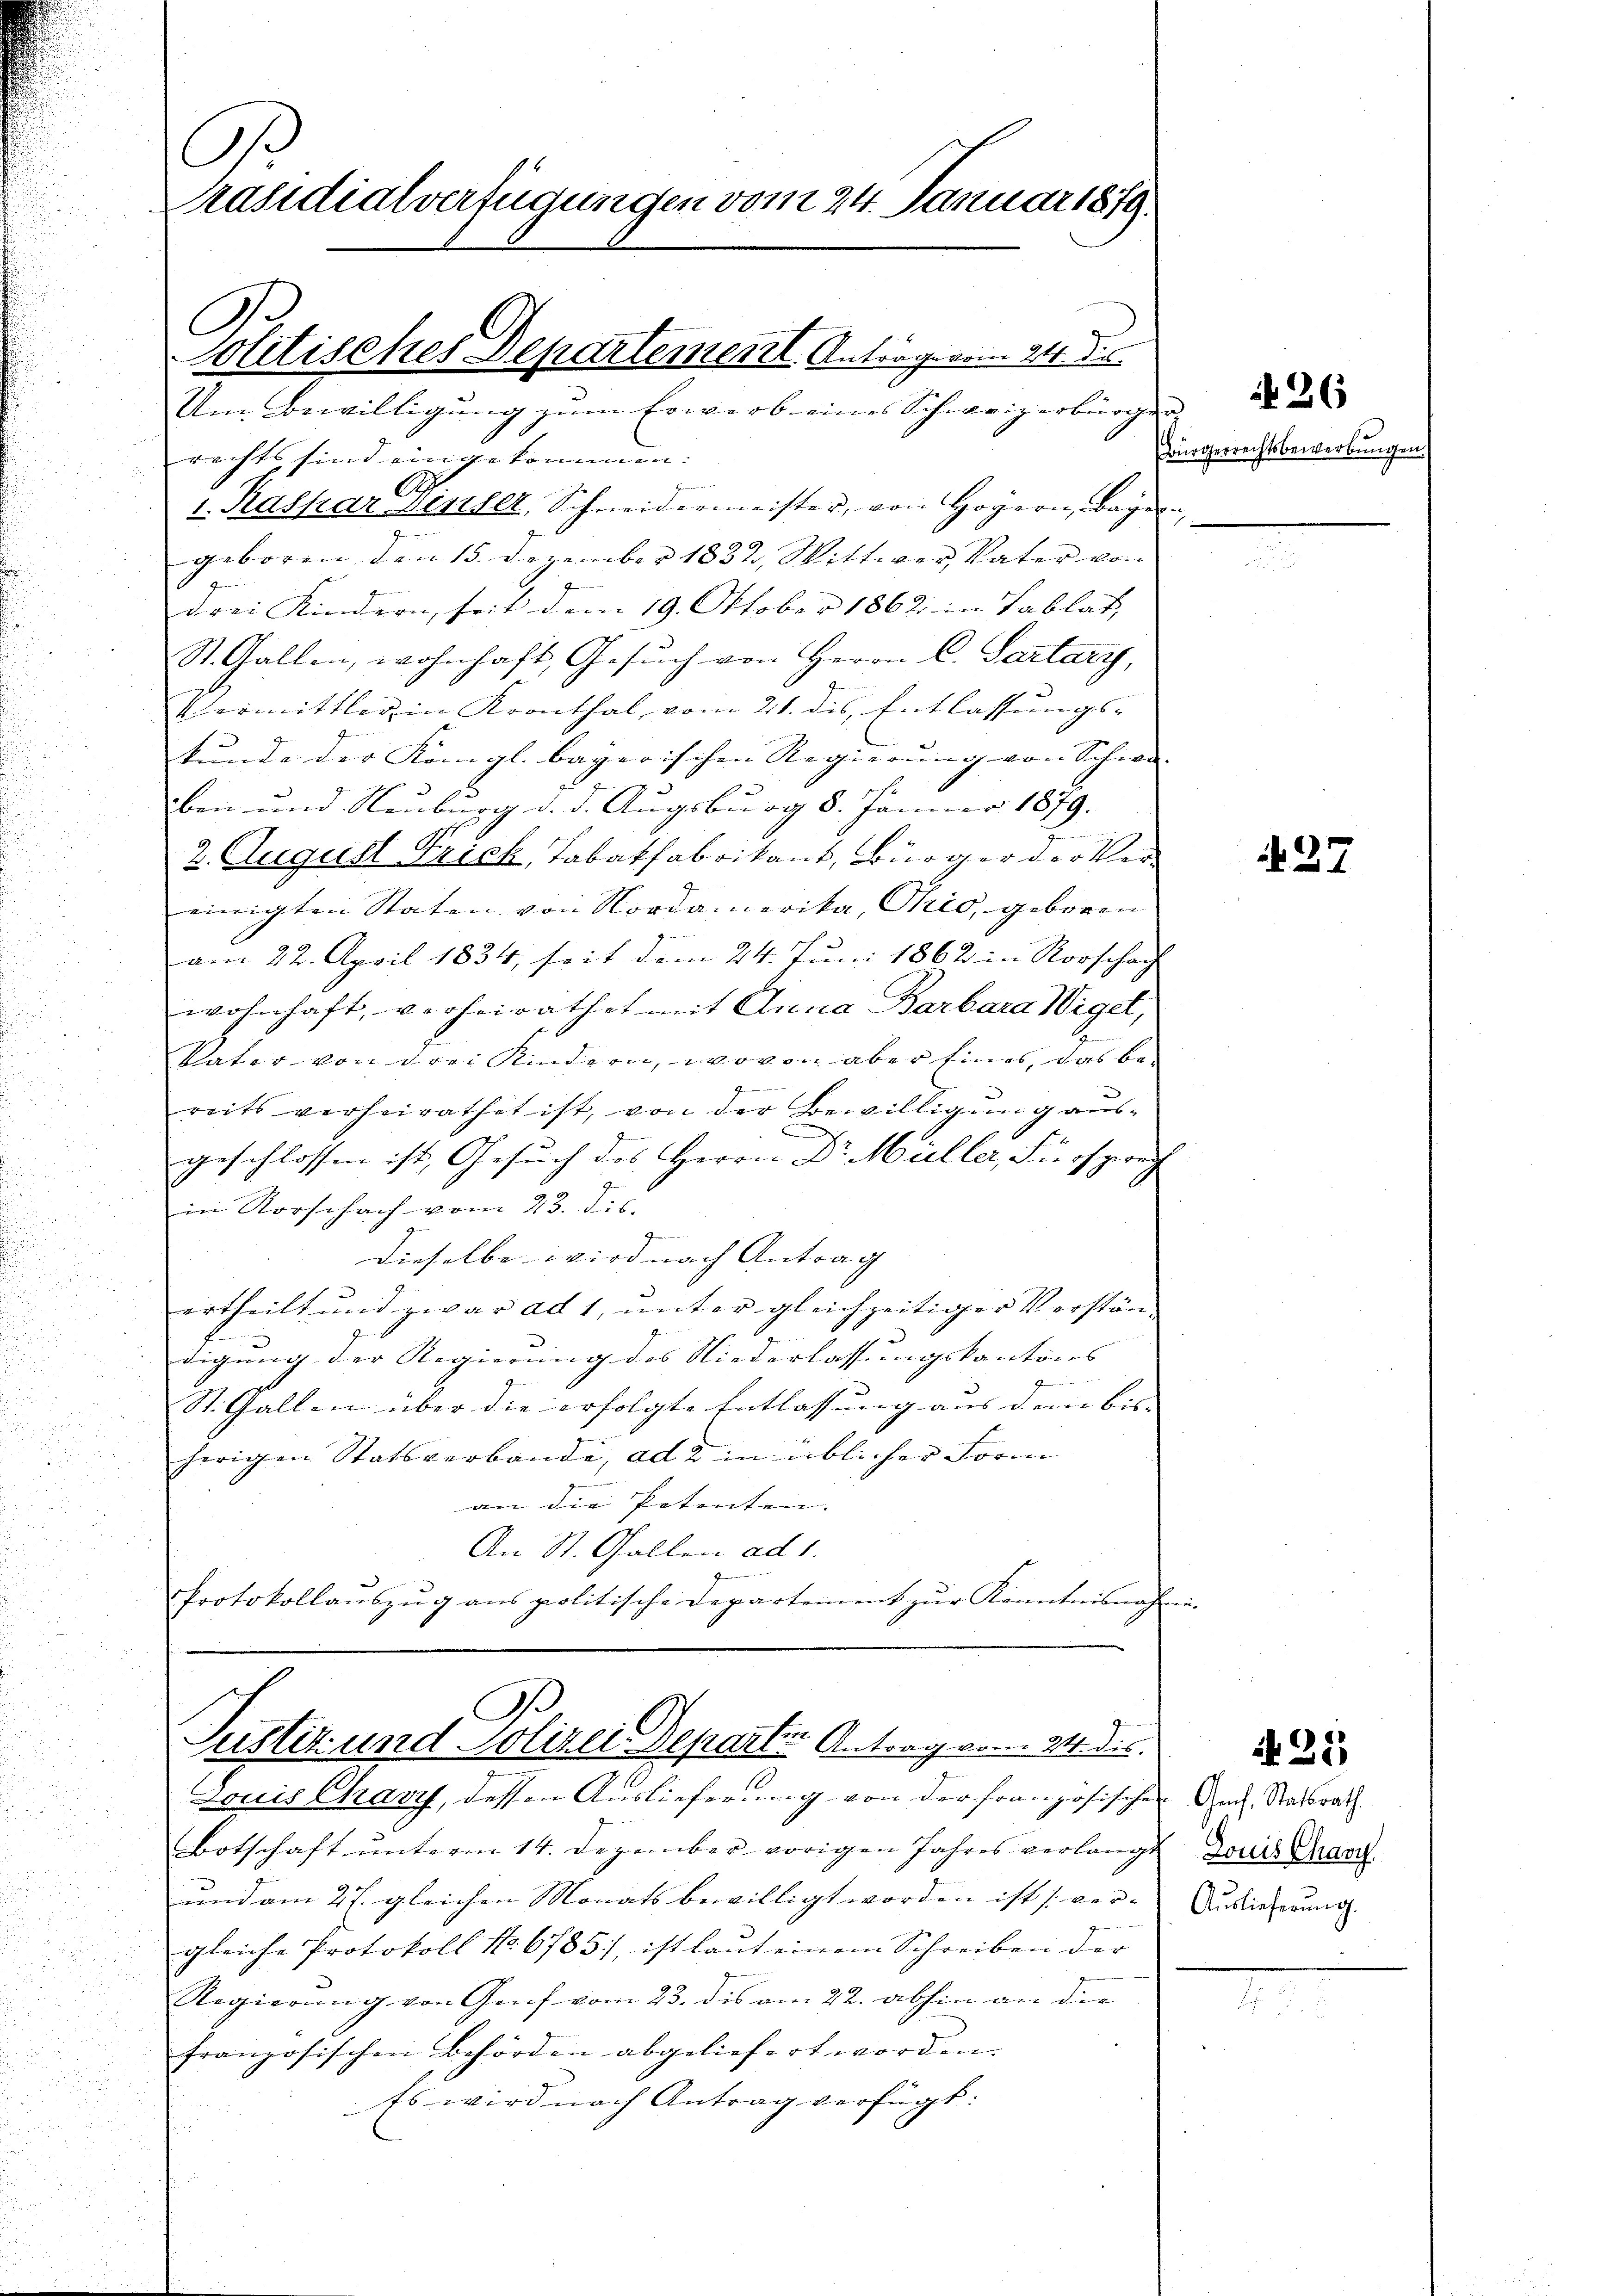
Um Bewilligung zum Erwerb eines Schweizerbürge
rechts sind eingekommen.
v. Kaspar sesser, Schneidermeister, von Hoyern, Bayern,
geboren den 15. Dezember 1832, Wittwer, Vater von
drei Kindern, seit dem 19. Oktober 1862 in Tablat,
St. Gallen, wohnhaft, Gesuch von Herrn C. Sartary,
Vermittler in Kronthal, vom 21. dis, Entlassungs-
kunde der Königl. bayerischen Regierŭng von Schwe
ben und Neuburg d. d. Augsburg 8. Jänner 1879. |
2. August Trich, Tabatfabrikant, Bürger der Vereinigten Staten von Nordamerika, Ohio, geboren
am 22. April 1834, seit dem 24. Juni 1862 in Vorschaf
wohnhaft, verheirathet mit Anna Barbara Wigel,
Vater von drei Kindern, wovon aber eines, das bereits verheirathet ist, von der Bewilligung aus-
e
geschlossen ist, Gesuch des Herrn Dr. Müller, Fürsprec
in Vorschach vom 23. ds.
dieselbe wird nach Antrag |
ertheilt und zwar ad 1, unter gleichzeitiger Verständigung der Regierung des Niederlassungskantons
.
St. Gallen über die erfolgte Entlassung aus dem bis-
herigen Statsverbande, ad 2 in üblicher Form
an die Patenten. |
An St. Gallen ad 1.
Protokollauszug aus politische Departement zur Kenntnisnah

A
Präsidialverfügungen vom 24. Januar 1879.
.
Jolitisches Departement. Antrage vom 24. dies

A
Justiz und Polizei Departe Antrag vom 24. ds.

d
Louis Chary, dessen Auslieferung von der französischen Auch Statsrath
Botschaft unterm 14. Dezember vorigen Jahres verlang¬
und am 27. gleichen Monats bewilligt worden ist vorgleiche Protokoll No 6785), ist laut einem Schreiben der |
Regierung von Genf vom 23. des am 22. abhin an die
französischen Behörden abgeliefert worden.
Es wird nach Antrag verfügt:

Bürgerrechtsbewerbungen.

426

N 37

21)

Louis Char
Auslieferung.